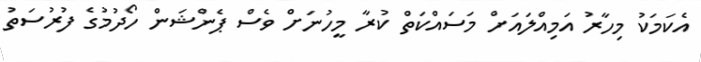
އެކަމަކު މިހާރު އަމިއްލައަށް މަސައްކަތް ކުރާ މީހުނަށް ވެސް ޕެންޝަން ހޯދުމުގެ ފުރުސަތު